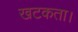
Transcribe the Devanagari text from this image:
खटकता।